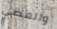
والمضي